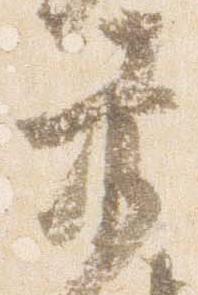
赤